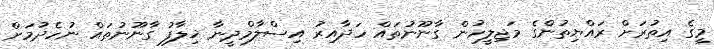
މީގެ އިތުރަށް ރައްޔިތުންގެ މަޖިލީހުން ގާނޫނުތައް ހަދާއިރު އިސްލާމްދީނާ ޚިލާފު ގާނޫނުތައް ނުހެދުމަށް